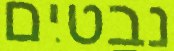
נבטים